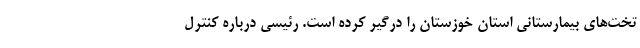
تخت‌های بیمارستانی استان خوزستان را درگیر کرده است. رئیسی درباره کنترل